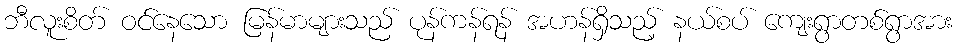
ဘီလူးစိတ် ဝင်နေသော မြန်မာများသည် ပုန်ကန်ရန် အဟန်ရှိသည့် နယ်စပ် ကျေးရွာတစ်ရွာအား